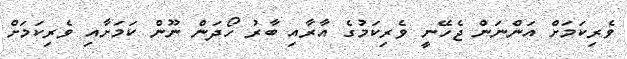
ވެރިކަމަށް އަންނަން ޖެހޭނީ ވެރިކަމުގެ އާރާއި ބާރު ހޯދަން ނޫން ކަމަށާއި ވެރިކަމަށް